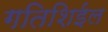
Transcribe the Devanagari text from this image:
गतिशिईल